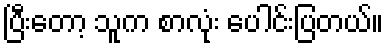
ပြီးတော့ သူက စာလုံး ပေါင်းပြတယ်။